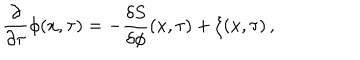
LaTeX: \frac { \partial } { \partial \tau } \phi ( x , \tau ) = - \frac { \delta S } { \delta \phi } ( x , \tau ) + \xi ( x , \tau ) \, ,